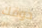
ذوقك